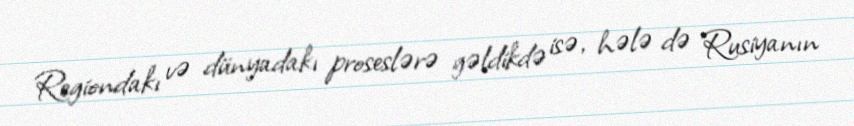
Regiondakı və dünyadakı proseslərə gəldikdə isə, hələ də Rusiyanın